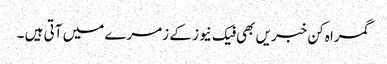
گمراہ کن خبریں بھی فیک نیوز کے زمرے میں آتی ہیں ۔